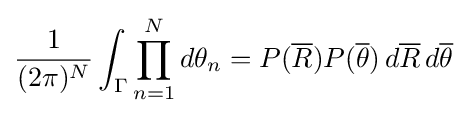
{\frac {1}{(2\pi )^{N}}}\int _{\Gamma }\prod _{n=1}^{N}d\theta _{n}=P({\overline {R}})P({\overline {\theta }})\,d{\overline {R}}\,d{\overline {\theta }}